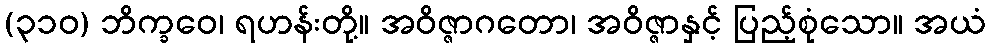
(၃၁၀) ဘိက္ခဝေ၊ ရဟန်းတို့။ အဝိဇ္ဇာဂတော၊ အဝိဇ္ဇာနှင့် ပြည့်စုံသော။ အယံ